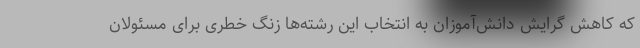
که کاهش گرایش دانش‌آموزان به انتخاب این رشته‌ها زنگ خطری برای مسئولان